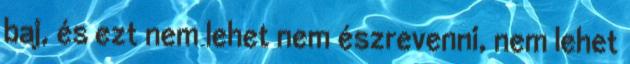
baj, és ezt nem lehet nem észrevenni, nem lehet